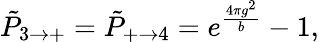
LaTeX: \tilde{P}_{3\rightarrow+}=\tilde{P}_{+\rightarrow 4}=e^{\frac{4\pi g^{2}}{b}}-1,